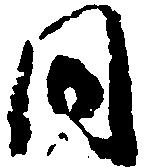
同